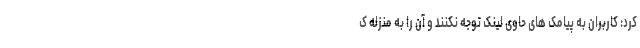
کرد: کاربران به پیامک های حاوی لینک توجه نکنند و آن را به منزله ک